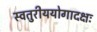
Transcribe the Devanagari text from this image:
स्वतुरीययोगादक्षः